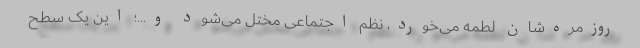
روزمره‌شان لطمه می‌خورد، نظم اجتماعی مختل می‌شود و...؛ این یک سطح